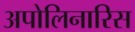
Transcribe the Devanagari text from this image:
अपोलिनारिस